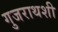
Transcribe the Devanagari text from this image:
गुजराथशी